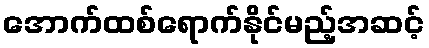
အောက်ထစ်ရောက်နိုင်မည့်အဆင့်